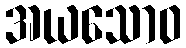
အယသောဝ